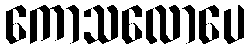
ကောသလောပေ